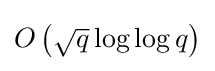
{\textstyle O\left({\sqrt {q}}\log \log q\right)}